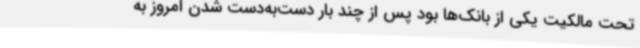
تحت مالکیت یکی از بانک‌ها بود پس از چند بار دست‌به‌دست شدن امروز به